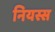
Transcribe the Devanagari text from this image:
नियस्स